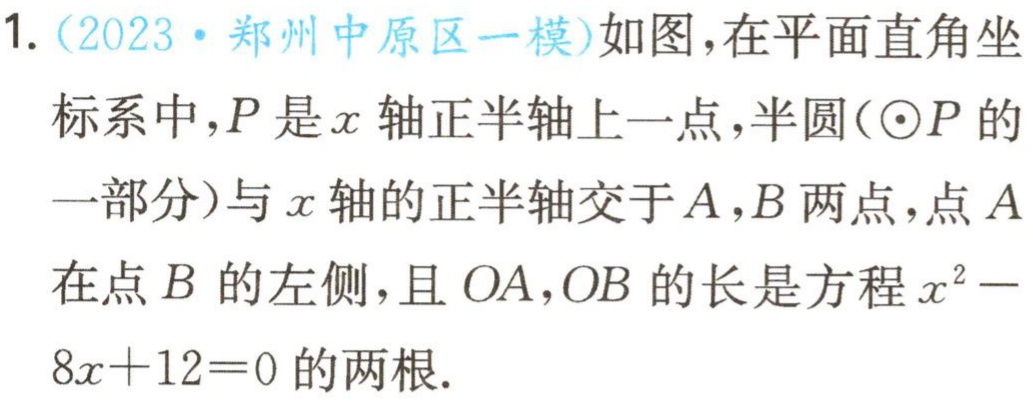
1.（2023·郑州中原区一模）如图，在平面直角坐标系中，\(P\)是\(x\)轴正半轴上一点，半圆（\(\odot P\)的一部分）与\(x\)轴的正半轴交于\(A,B\)两点，点\(A\)在点\(B\)的左侧，且\(OA,OB\)的长是方程\(x^{2}-8x + 12 = 0\)的两根.